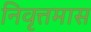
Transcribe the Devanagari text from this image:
निवृत्तमास